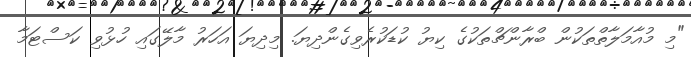
"މި މުއާމަލާތްތަކުން ބްރާންޗްތަކުގެ ކިޔު ކުޑަކުރެވިގެންދިޔަ. މިދިޔަ އަހަރު މާލޭގައި ހުޅުވި ކަސްޓަމާ